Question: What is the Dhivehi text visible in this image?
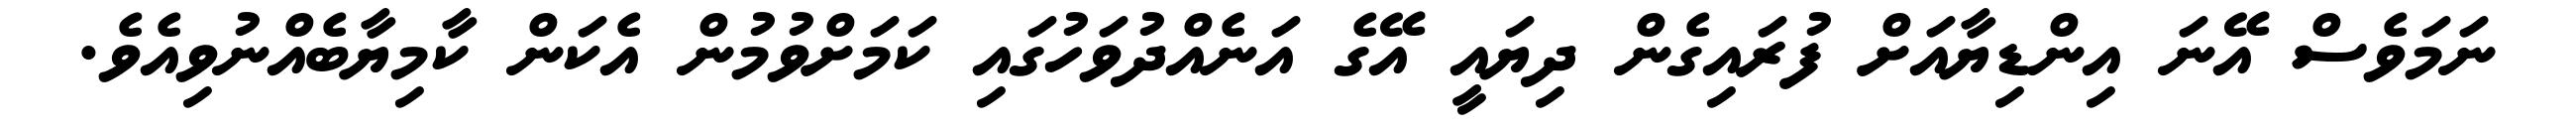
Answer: ނަމަވެސް އޭނަ އިންޑިޔާއަށް ފުރައިގެން ދިޔައީ އޭގެ އަނެއްދުވަހުގައި ކަމަށްވުމުން އެކަން ކާމިޔާބެއްނުވިއެވެ.